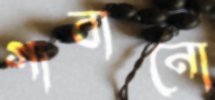
গাবানো